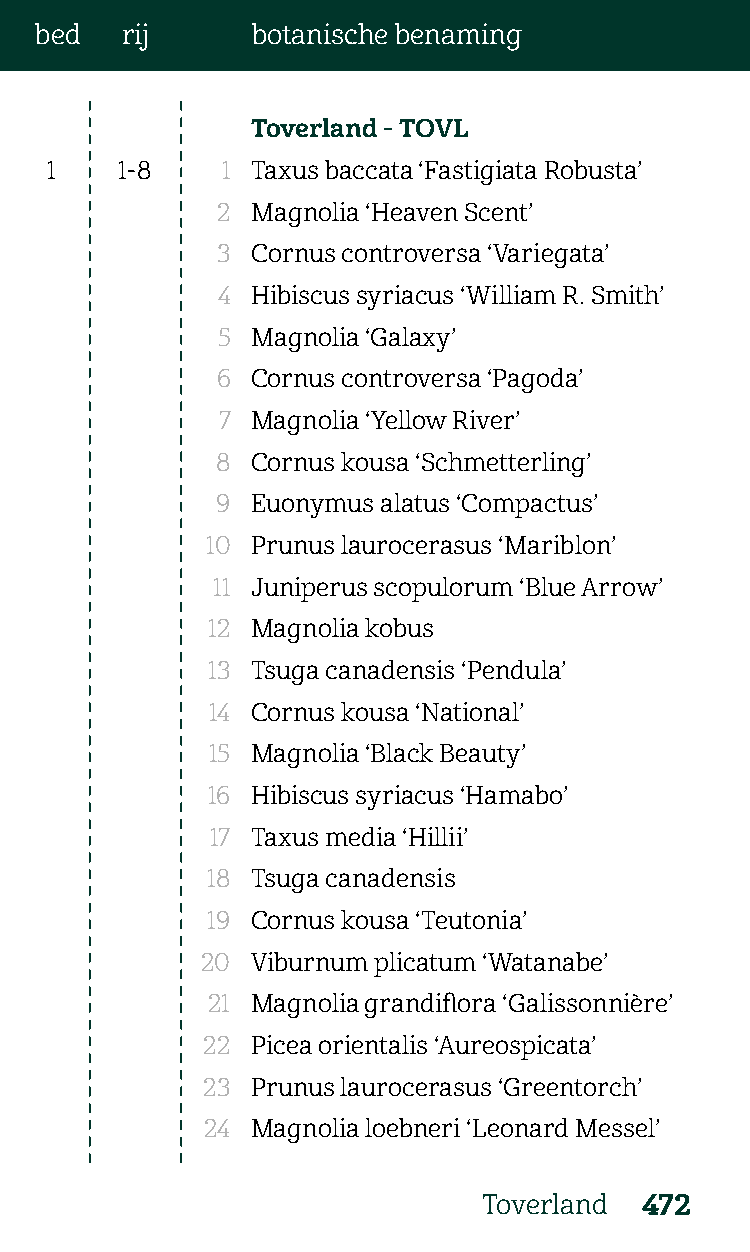
bed   rij      botanische benaming
 Toverland - TOVL
 1    1-8    1 Taxus baccata ‘Fastigiata Robusta’
 2  Magnolia ‘Heaven Scent’
 3  Cornus controversa ‘Variegata’
 4  Hibiscus syriacus ‘William R. Smith’
 5  Magnolia ‘Galaxy’
 6  Cornus controversa ‘Pagoda’
 7  Magnolia ‘Yellow River’
 8  Cornus kousa ‘Schmetterling’
 9  Euonymus alatus ‘Compactus’
 10 Prunus laurocerasus ‘Mariblon’
 11 Juniperus scopulorum ‘Blue Arrow’
 12 Magnolia kobus
 13 Tsuga canadensis ‘Pendula’
 14 Cornus kousa ‘National’
 15 Magnolia ‘Black Beauty’
 16 Hibiscus syriacus ‘Hamabo’
 17 Taxus media ‘Hillii’
 18 Tsuga canadensis
 19 Cornus kousa ‘Teutonia’
 20  Viburnum plicatum ‘Watanabe’
 21 Magnolia grandiflora ‘Galissonnière’
 22  Picea orientalis ‘Aureospicata’
 23  Prunus laurocerasus ‘Greentorch’
 24  Magnolia loebneri ‘Leonard Messel’
 Toverland 472